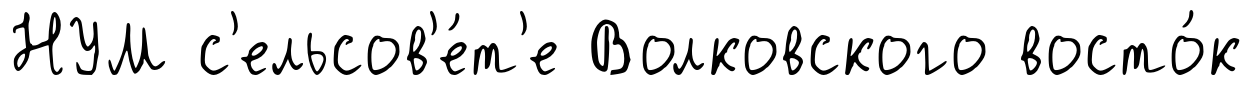
НУМ с'ельсов'е́т'е Волковского восто́к